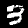
Digit: 3